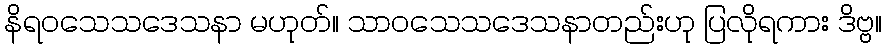
နိရဝသေသဒေသနာ မဟုတ်။ သာဝသေသဒေသနာတည်းဟု ပြလိုရကား ဒိဗ္ဗ။